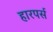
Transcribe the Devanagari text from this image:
हारपर्स